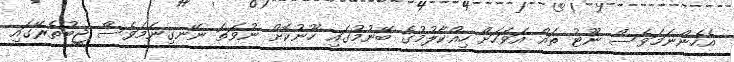
އެހެންނަމަވެސް ނޫޓު ތައް އަވަހަށް ހިއްކާލުމުގެ ބޭނުމުގައި ހޫނުކޮށް ނުވަތަ ނޭނގިނަމަވެސް ޖީބުތެރޭގައި